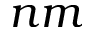
n m